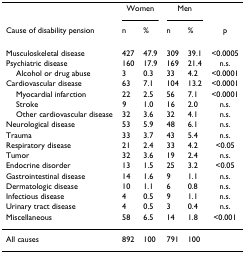
<table><thead><tr><td></td><td colspan="2"><b>Women</b></td><td colspan="2"><b>Men</b></td><td></td></tr><tr><td><b>Cause of disability pension</b></td><td><b>n</b></td><td><b>%</b></td><td><b>n</b></td><td><b>%</b></td><td><b>p</b></td></tr></thead><tbody><tr><td>Musculoskeletal disease</td><td>427</td><td>47.9</td><td>309</td><td>39.1</td><td>&lt;0.0005</td></tr><tr><td>Psychiatric disease</td><td>160</td><td>17.9</td><td>169</td><td>21.4</td><td>n.s.</td></tr><tr><td> Alcohol or drug abuse</td><td>3</td><td>0.3</td><td>33</td><td>4.2</td><td>&lt;0.0001</td></tr><tr><td>Cardiovascular disease</td><td>63</td><td>7.1</td><td>104</td><td>13.2</td><td>&lt;0.0001</td></tr><tr><td> Myocardial infarction</td><td>22</td><td>2.5</td><td>56</td><td>7.1</td><td>&lt;0.0001</td></tr><tr><td> Stroke</td><td>9</td><td>1.0</td><td>16</td><td>2.0</td><td>n.s.</td></tr><tr><td> Other cardiovascular disease</td><td>32</td><td>3.6</td><td>32</td><td>4.1</td><td>n.s.</td></tr><tr><td>Neurological disease</td><td>53</td><td>5.9</td><td>48</td><td>6.1</td><td>n.s.</td></tr><tr><td>Trauma</td><td>33</td><td>3.7</td><td>43</td><td>5.4</td><td>n.s.</td></tr><tr><td>Respiratory disease</td><td>21</td><td>2.4</td><td>33</td><td>4.2</td><td>&lt;0.05</td></tr><tr><td>Tumor</td><td>32</td><td>3.6</td><td>19</td><td>2.4</td><td>n.s.</td></tr><tr><td>Endocrine disorder</td><td>13</td><td>1.5</td><td>25</td><td>3.2</td><td>&lt;0.05</td></tr><tr><td>Gastrointestinal disease</td><td>14</td><td>1.6</td><td>9</td><td>1.1</td><td>n.s.</td></tr><tr><td>Dermatologic disease</td><td>10</td><td>1.1</td><td>6</td><td>0.8</td><td>n.s.</td></tr><tr><td>Infectious disease</td><td>4</td><td>0.5</td><td>9</td><td>1.1</td><td>n.s.</td></tr><tr><td>Urinary tract disease</td><td>4</td><td>0.5</td><td>3</td><td>0.4</td><td>n.s.</td></tr><tr><td>Miscellaneous</td><td>58</td><td>6.5</td><td>14</td><td>1.8</td><td>&lt;0.001</td></tr><tr><td>All causes</td><td>892</td><td>100</td><td>791</td><td>100</td><td></td></tr></tbody></table>